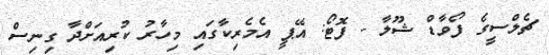
ޗެލްސީގެ ފޯވާޑް ޝޫލާ - ފޮޓޯ: އޭޕީ އެމެރިކާގައި މިހާރު ކުރިއަށްދާ ގިނިސް